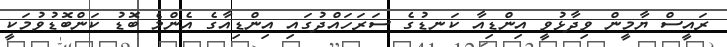
ރައީސް ޔާމީން ވިދާޅުވީ އިންޑިއާ ކަނޑުގެ ސަރަހައްދުގައި އިންޑިއާގެ އެންމެ ބޮޑު ކަންބޮޑުވުމަކީ